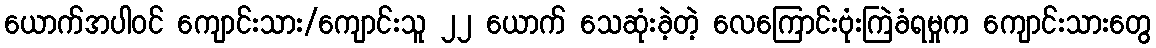
ယောက်အပါဝင် ကျောင်းသား/ကျောင်းသူ ၂၂ ယောက် သေဆုံးခဲ့တဲ့ လေကြောင်းဗုံးကြဲခံရမှုက ကျောင်းသားတွေ